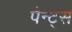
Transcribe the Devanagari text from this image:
पैन्ट्स